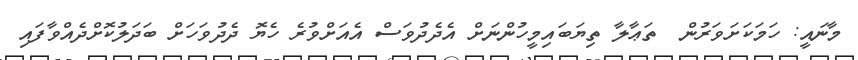
މާނައީ: ހަމަކަށަވަރުން  ތަޢާލާ ތިޔަބައިމީހުންނަށް އެދެދުވަސް އެއަށްވުރެ ހެޔޮ ދެދުވަހަށް ބަދަލުކޮށްދެއްވާފައި